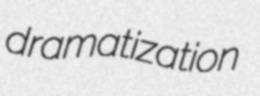
dramatization